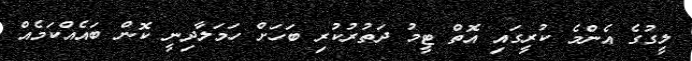
ލީގުގެ އެންމެ ކުރީގައި އޮތް ޓީމު ދަތުރުކުރި ބަހަށް ހަމަލާދިނީ ކޮން ބައެއްކަމެއް